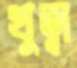
খুত্বা